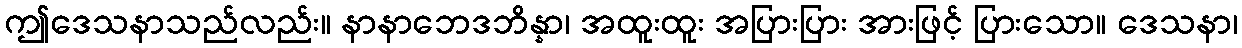
ဤဒေသနာသည်လည်း။ နာနာဘေဒဘိန္နာ၊ အထူးထူး အပြားပြား အားဖြင့် ပြားသော။ ဒေသနာ၊